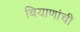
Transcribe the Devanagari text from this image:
बियाणांची